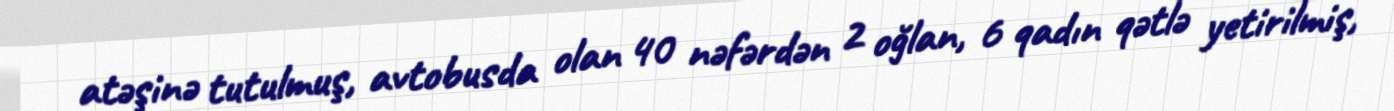
atəşinə tutulmuş, avtobusda olan 40 nəfərdən 2 oğlan, 6 qadın qətlə yetirilmiş,